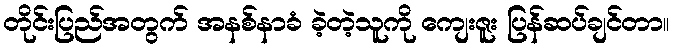
တိုင်းပြည်အတွက် အနစ်နာခံ ခဲ့တဲ့သူကို ကျေးဇူး ပြန်ဆပ်ချင်တာ။